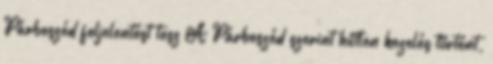
Párbeszéd feljelentést tesz A Párbeszéd szerint hűtlen kezelés történt,